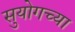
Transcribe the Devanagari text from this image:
सुयोगच्या